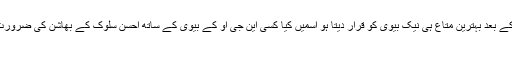
جو دین ایمان کے بعد بہترین متاع ہی نیک بیوی کو قرار دیتا ہو اسمیں کیا کسی این جی او کے بیوی کے ساتھ احسن سلوک کے بھاشن کی ضرورت رہ جاتی ہے
؟